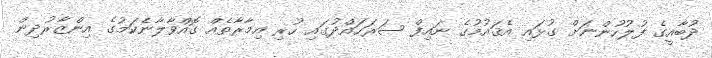
ދުބާއީގެ ފުލުހުންނަށް ގުޅައި އެޤައުމުގެ ނައިފް ސަރަހައްދުގައި ހުރި އިމާރާތެއް ގޮއްވާލާނެކަމުގެ އިންޒާރުދިން